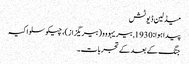
میڈلین ڈیوٹش
پیدا ہوا: 1930, بیریہووو (بیریگزاز)، چیکوسلواکیہ
جنگ کے بعد کے تجربات۔